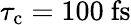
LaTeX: \tau_{\mathrm{c}}=100\ \mathrm{fs}